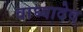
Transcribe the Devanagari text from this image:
वाघ्यादेव